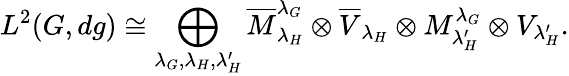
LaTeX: L^{2}(G,dg)\cong\bigoplus_{\lambda_{G},\lambda_{H},\lambda_{H}^{\prime}}\overline{{{M}}}_{\lambda_{H}}^{\lambda_{G}}\otimes\overline{{{V}}}_{{\lambda_{H}}}\otimes M_{\lambda_{H}^{\prime}}^{\lambda_{G}}\otimes V_{\lambda_{H}^{\prime}}.